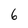
Character: 6